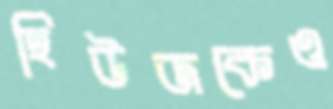
হিউজকেও